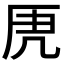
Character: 𭆄